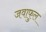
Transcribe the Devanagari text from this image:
जवाफुल